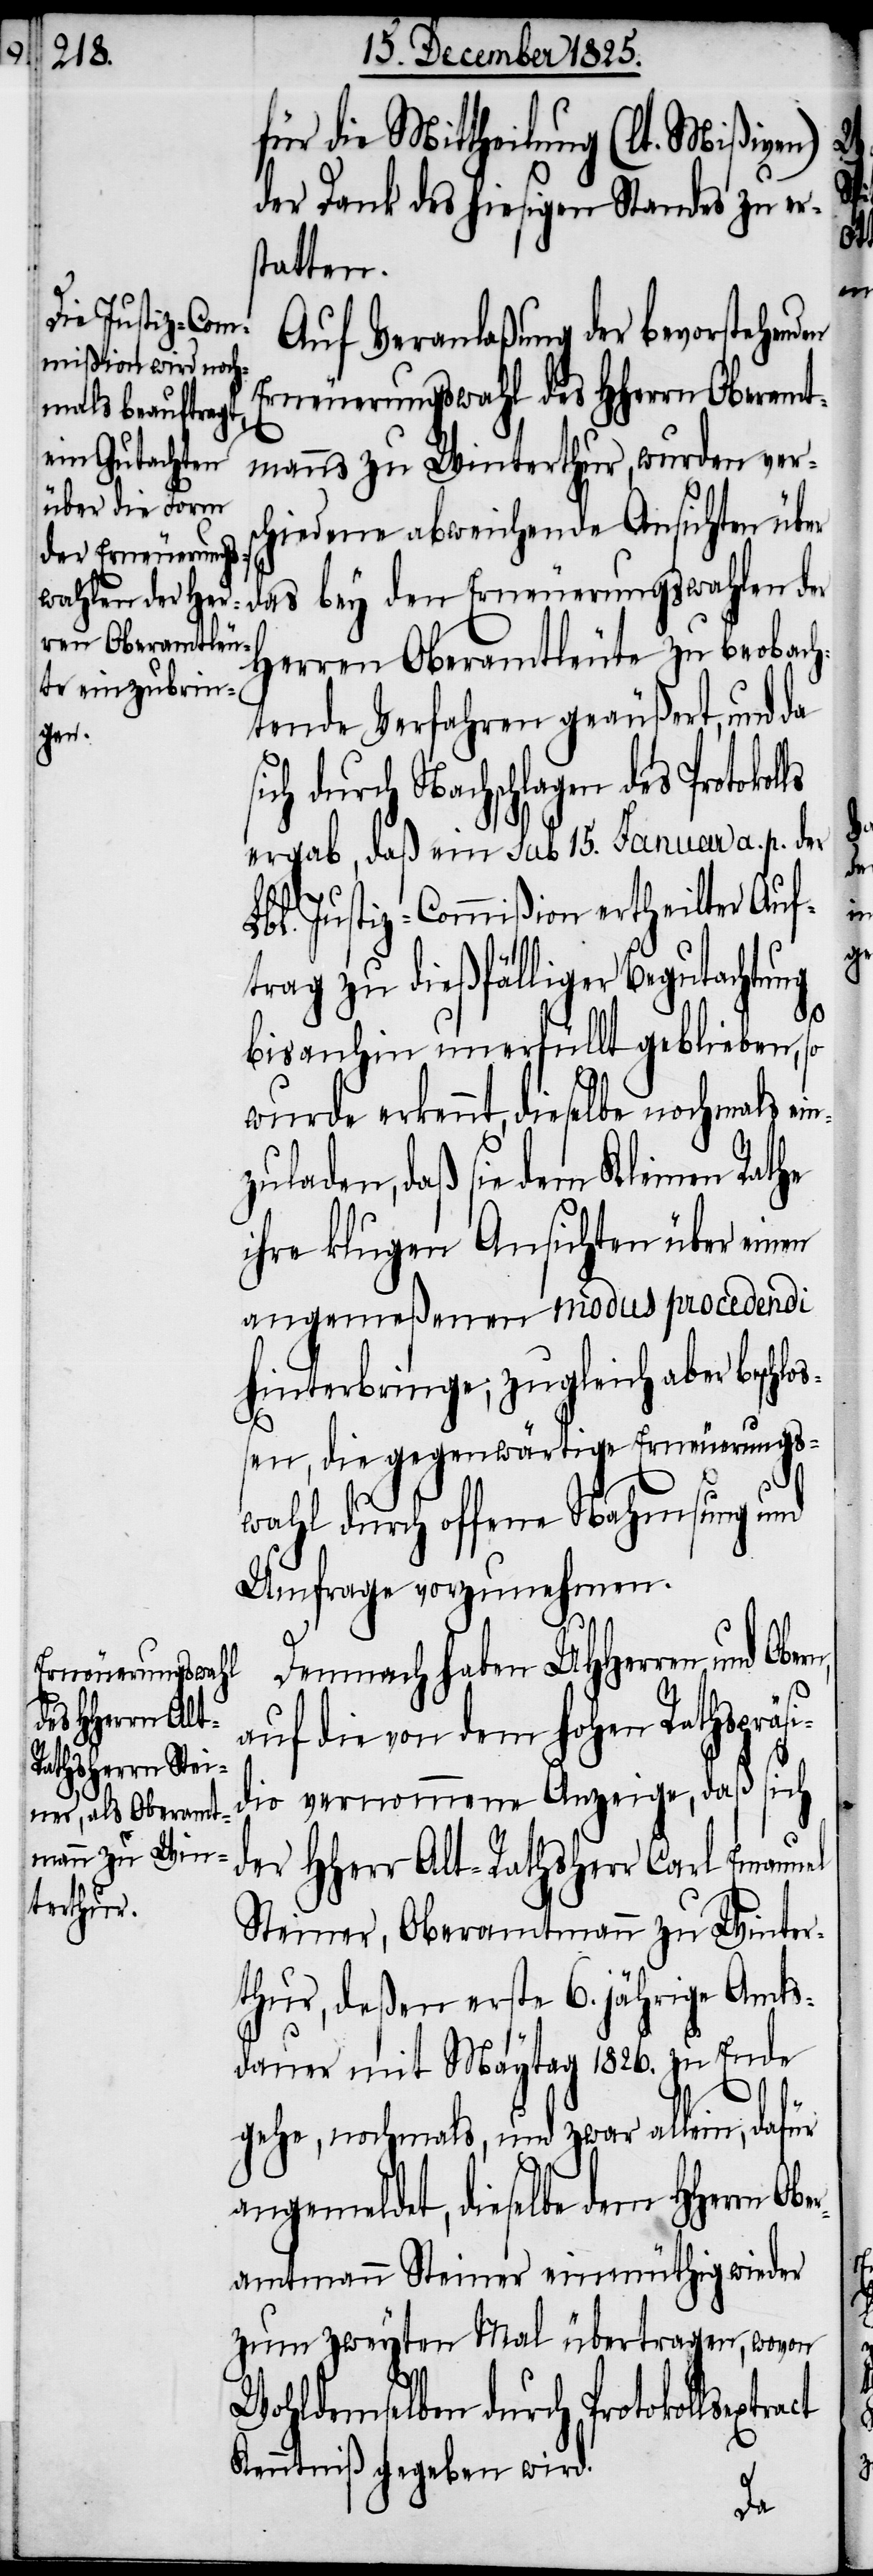
für die Mittheilung (lt. Mißiven)
der Dank des hiesigen Standes zu er¬
statten.
Auf Veranlaßung der bevorstehenden
Erneuerungswahl des HHerrn Oberamt¬
manns zu Winterthur, wurden ver¬
hiedene abweichende Ansichten über
Herren Oberamtleute zu beobach¬
tende Verfahren geäußert, und da
Ober¬
ich durch Nachschlagen des Protoko¬
ergab, daß ein sub 15. Januar a. p. der
Lbl. Justiz-Commißion ertheilter Auf¬
act
trag zu dießfälliger Begutachtung
bisanhin unerfüllt geblieben, so
wurde erkennt, dieselbe nochmals ei¬
zuladen, daß sie dem Kleinen Rathe
ihre klugen Ansichten über einen
angemeßenen modus procedendi
hinterbringe, zugleich aber beschl¬
oßen, die gegenwärtige Erneuerungs¬
wahl durch offene Nahmsung und
Umfrage vorzunehmen.
Demnach haben UHHerren und Ober¬
Erneuerungswahl¬
auf die von dem hohen Rathspräs¬
dio vernommene Anzeige, daß sich
der HHerr Alt-Rathsherr Carl Emanuel
teiner, deßen erste 6. jährige Amts¬
dauer mit Maytag 1826. zu Ende
gehe, nochmals, und zwar allein, dafür
angemeldet, dieselbe dem HHerrn
amtmann Steiner einmüthig wieder
zum zweyten Mal übertragen, wovon
Wohldemselben durch Protokollsextr¬
Kenntniß gegeben wird.

n¬

i¬